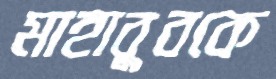
মাহাবুবকে